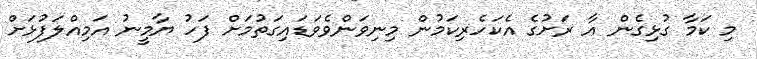
މި ކަމާ ގުޅިގެން އާ ރަށުގެ އެކަހެރިކަމުން މިނިވަންވެވަޑައިގަތުމަށް ފަހު ޔާމީނު އަމިއްލަފުޅަށް